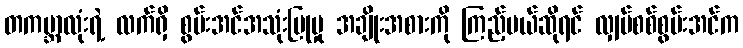
တကမ္ဘာလုံးရဲ့ လက်ရှိ စွမ်းအင်အသုံးပြုမှု အချိုးအစားကို ကြည့်မယ်ဆိုရင် လျှပ်စစ်စွမ်းအင်က